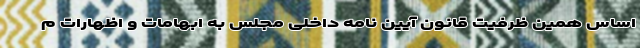
اساس همین ظرفیت قانون آیین نامه داخلی مجلس به ابهامات و اظهارات م